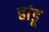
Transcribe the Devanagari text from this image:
हांडू